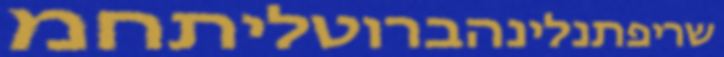
שריפתנלינהברוטליתחמ